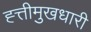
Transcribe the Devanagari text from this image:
ह्त्तीमुखधारी